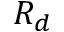
R _ { d }